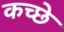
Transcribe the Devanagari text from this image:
कच्छे